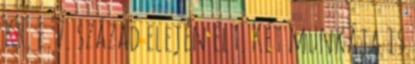
Kr. e. 7. század elején élt. Két munkája is